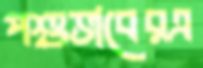
পশুভাবেরএ